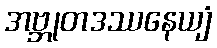
အဗ္ဘုတဒဿနေယျံ